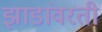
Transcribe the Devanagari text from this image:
झाडांवरती